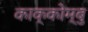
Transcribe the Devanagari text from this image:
काक्कोम्बु